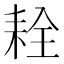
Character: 𦓰